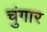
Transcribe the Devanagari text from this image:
चुंगार